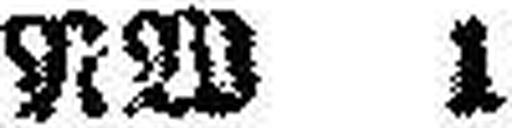
NW 1